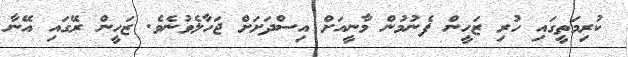
ކުރިމަތީގައި ހުރި ޒަހީން ފެނުމުން މާނީއަށް އިސްދަށަށް ޖަހާލެވުނެވެ. ޒަހީން ރޭގައި އޭނާ